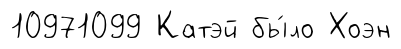
10971099 Катэй бы́ло Хоэн